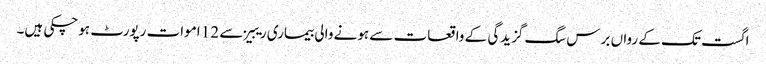
اگست تک کے رواں برس سگ گزیدگی کے واقعات سے ہونے والی بیماری ریبیز سے 12 اموات رپورٹ ہوچکی ہیں۔